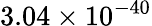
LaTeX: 3.04\times 10^{-40}